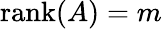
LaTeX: \operatorname{rank}(A)=m